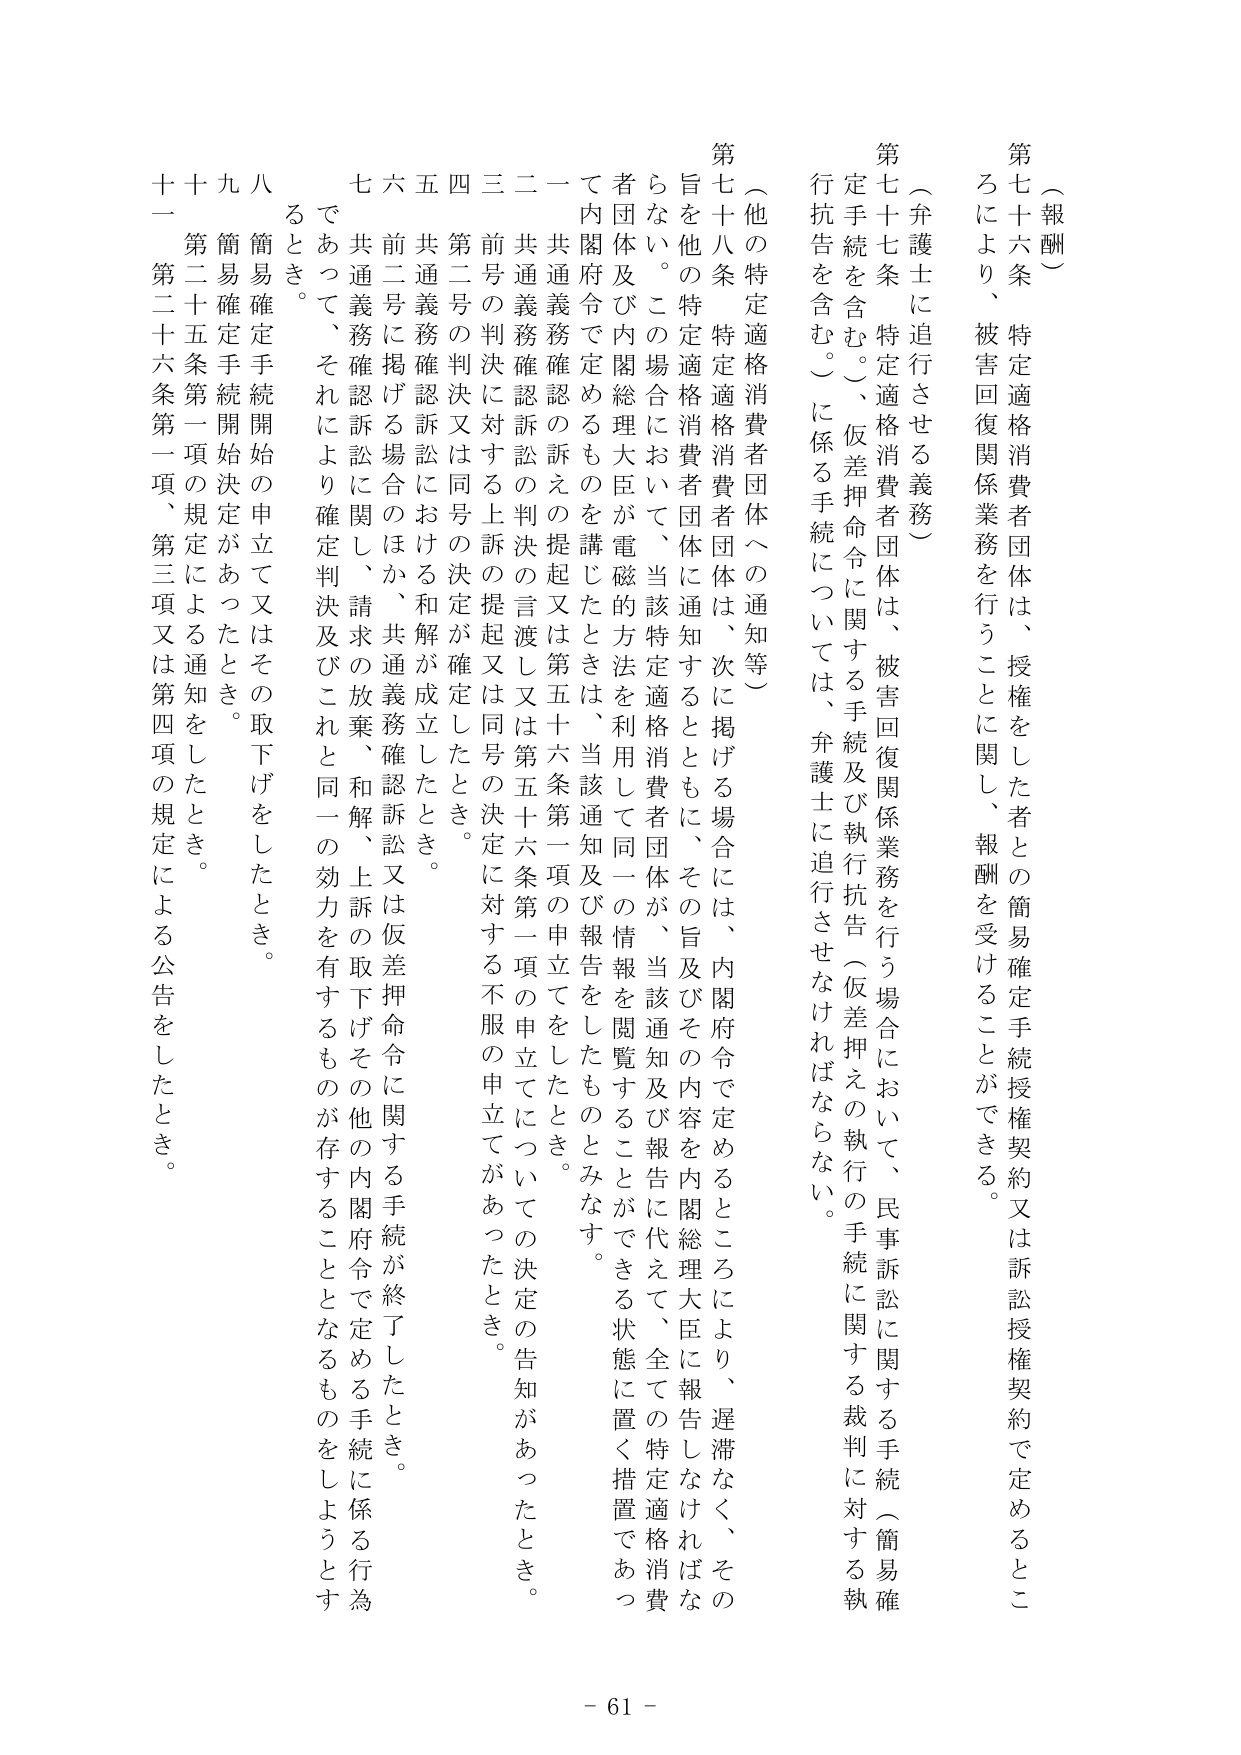
（報酬）

第七十六条　特定適格消費者団体は、授権をした者との簡易確定手続授権契約又は訴訟授権契約で定めるところにより、被害回復関係業務を行うことに関し、報酬を受けることができる。

（弁護士に追行させる義務）

第七十七条　特定適格消費者団体は、被害回復関係業務を行う場合において、民事訴訟に関する手続（簡易確定手続を含む。）、仮差押命令に関する手続及び執行抗告（仮差押えの執行の手続に関する裁判に対する執行抗告を含む。）に係る手続については、弁護士に追行させなければならない。

（他の特定適格消費者団体への通知等）

第七十八条　特定適格消費者団体は、次に掲げる場合には、内閣府令で定めるところにより、遅滞なく、その旨を他の特定適格消費者団体に通知するとともに、その旨及びその内容を内閣総理大臣に報告しなければならない。この場合において、当該特定適格消費者団体が、当該通知及び報告に代えて、全ての特定適格消費者団体及び内閣総理大臣が電磁的方法を利用して同一の情報を閲覧することができる状態に置く措置であって内閣府令で定めるものを講じたときは、当該通知及び報告をしたものとみなす。

一　共通義務確認訴訟の訴えの提起又は第五十六条第一項の申立てをしたとき。

二　共通義務確認訴訟の判決の言渡し又は第五十六条第一項の申立てについての決定の告知があったとき。

三　前号の判決に対する上訴の提起又は同号の決定に対する不服の申立てがあったとき。

四　第二号の判決又は同号の決定が確定したとき。

五　共通義務確認訴訟における和解が成立したとき。

六　前二号に掲げる場合のほか、共通義務確認訴訟又は仮差押命令に関する手続が終了したとき。

七　共通義務確認訴訟に関し、請求の放棄、和解、上訴の取下げその他の内閣府令で定める手続に係る行為であって、それにより確定判決及びこれと同一の効力を有するものが存することとなるものをしようとするとき。

八　簡易確定手続開始の申立て又はその取下げをしたとき。

九　簡易確定手続開始決定があったとき。

十　第二十五条第一項の規定による通知をしたとき。

十一　第二十六条第一項、第三項又は第四項の規定による公告をしたとき。

- 61 -